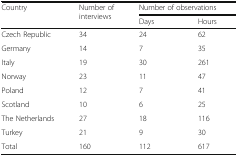
<table><thead><tr><td rowspan="2"><b>Country</b></td><td rowspan="2"><b>Number of interviews</b></td><td colspan="2"><b>Number of observations</b></td></tr><tr><td><b>Days</b></td><td><b>Hours</b></td></tr></thead><tbody><tr><td>Czech Republic</td><td>34</td><td>24</td><td>62</td></tr><tr><td>Germany</td><td>14</td><td>7</td><td>35</td></tr><tr><td>Italy</td><td>19</td><td>30</td><td>261</td></tr><tr><td>Norway</td><td>23</td><td>11</td><td>47</td></tr><tr><td>Poland</td><td>12</td><td>7</td><td>41</td></tr><tr><td>Scotland</td><td>10</td><td>6</td><td>25</td></tr><tr><td>The Netherlands</td><td>27</td><td>18</td><td>116</td></tr><tr><td>Turkey</td><td>21</td><td>9</td><td>30</td></tr><tr><td>Total</td><td>160</td><td>112</td><td>617</td></tr></tbody></table>